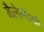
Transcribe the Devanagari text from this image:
गैलेलीयो